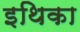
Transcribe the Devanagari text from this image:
इथिका